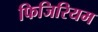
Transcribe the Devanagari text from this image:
फिजिरियम